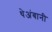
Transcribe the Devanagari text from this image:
थेअंबानी